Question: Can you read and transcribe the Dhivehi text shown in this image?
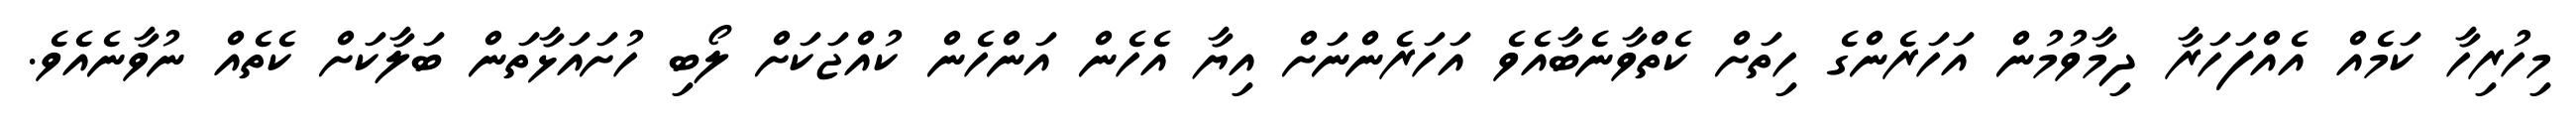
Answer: މިހުރިހާ ކަމެއް އެއްފަހަރާ ދިމާވުމުން އަހަރެންގެ ހިތަށް ކެތްވާނެބާއެވެ އަހަރެންނަށް އިޔާ އެހެން އަންހެން ކުއްޖަކަށް ލޯބި ހުށައަޅާތަން ބަލާކަށް ކެތެއް ނުވާނެއެވެ.